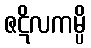
ဇဋိလကမ္ပိ